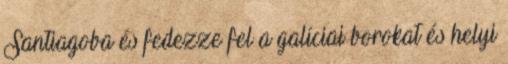
Santiagoba és fedezze fel a galíciai borokat és helyi